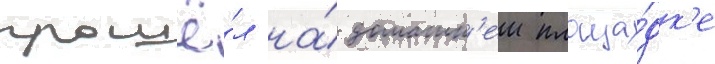
прошё́л на́ домашн'еи площа́дк'е